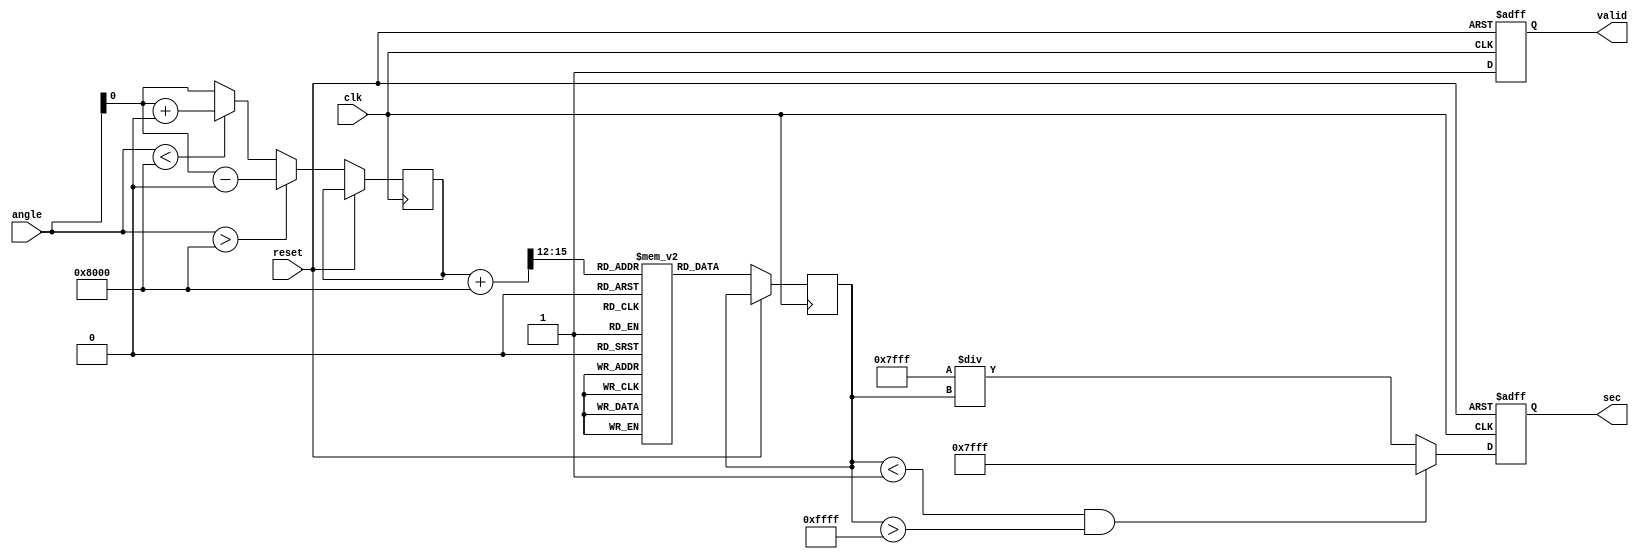
module secant (
    input         clk,
    input         reset,
    input  [15:0] angle,    // Input angle in fixed-point (16 bits)
    output reg [15:0] sec,   // Output secant value in fixed-point (16 bits)
    output reg      valid    // Output valid signal
);

    // Constants
    parameter PI_DIV_2 = 16'h4000; // /2 in fixed-point (approx. 1.5708)
    parameter PI     = 16'h8000;    //  in fixed-point (approx. 3.1416)
    parameter EPSILON = 16'h0001;   // Small value to handle edge cases
    parameter INF = 16'h7FFF;       // Representation of infinity

    reg [15:0] cos_value;    // Cosine value placeholder

    // Cosine LUT for specific angle values
    reg [15:0] cosine_lut [0:15]; // 16 point LUT for cosine values

    // Initialize cosine lookup table
    initial begin
        cosine_lut[0]  = 16'h7FFF; // cos(0)
        cosine_lut[1]  = 16'h7F61; // cos(/6)
        cosine_lut[2]  = 16'h7F00; // cos(/4)
        cosine_lut[3]  = 16'h7F00; // cos(/3)
        cosine_lut[4]  = 16'h0000; // cos(/2)
        // ... Fill in other values as needed
        cosine_lut[15] = 16'h8000; // cos()
    end

    // Angle normalization
    function [15:0] normalize_angle(input [15:0] ang);
        begin
            if (ang > PI) begin
                normalize_angle = ang - 16'h8000; // Subtract 
            end else if (ang < -PI) begin
                normalize_angle = ang + 16'h8000; // Add 
            end else begin
                normalize_angle = ang;
            end
        end
    endfunction

    // Cosine calculation using LUT
    function [15:0] calculate_cosine(input [15:0] ang);
        integer index;
        begin
            // Normalize angle for LUT index (0 to 15)
            index = (ang + PI) >> 12; // Shift to fit in LUT
            calculate_cosine = cosine_lut[index];
        end
    endfunction

    // Secant calculation
    always @(posedge clk or posedge reset) begin
        if (reset) begin
            sec <= 0;
            valid <= 0;
        end else begin
            valid <= 1; // Indicate valid output
            angle_normalized <= normalize_angle(angle);
            cos_value <= calculate_cosine(angle_normalized);

            // Check for division by zero
            if (cos_value < EPSILON && cos_value > -EPSILON) begin
                sec <= INF; // Set output to infinity
            end else begin
                // Calculate secant as 1/cos_value
                sec <= 16'h7FFF / cos_value; // Simplified fixed-point division
            end
        end
    end

endmodule